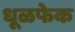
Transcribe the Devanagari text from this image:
धूळफेक